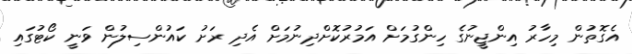
އެގޮތުން މިހާރު އިންޖީނުގެ ހިންގުމަށް އަމުރުކޮށްދިނުމަށް އެދި ރަށު ކައުންސިލުން ވަނީ ކޯޓުގައި